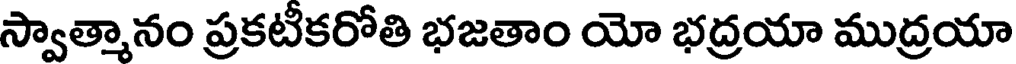
స్వాత్మానం ప్రకటీకరోతి భజతాం యో భద్రయా ముద్రయా